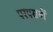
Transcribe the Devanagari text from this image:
परंपरायों